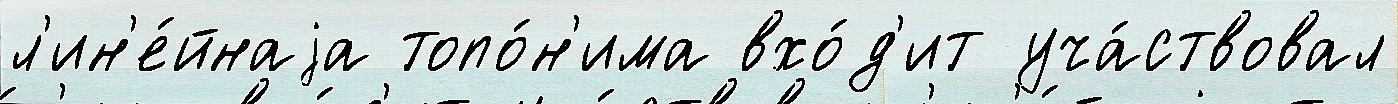
л'ин'е́йнаjа топо́н'има вхо́д'ит уча́ствовал